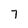
Character: 7